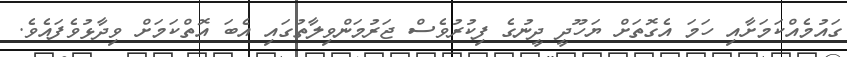
ގައުމެއްކަމަށާއި ހަމަ އެގޮތަށް ޔަހޫދީ ދީނުގެ ފިކުރުވެސް ޖަރުމަންވިލާތުގައި އެބަ އޮތްކަމަށް ވިދާޅުވެފައެވެ.